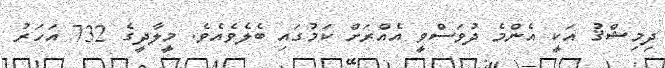
ދިމިޝްޤު އަކީ އެންމެ ދުވަސްވީ އެއްރަށް ކަމުގައި ބެލެވެއެވެ. މީލާދީގެ 732 އަހަރު